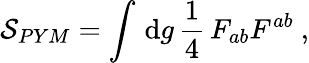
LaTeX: {\cal S}_{PYM}=\int\, \mathrm{d}g\, \frac{1}{4}\, F_{ab}F^{ab}~,